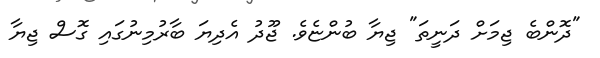
"ދޮންބެ ޖިމަށް ދަނީތަ" ޖިޔާ ބުންޏެވެ. ޖޫދު އެދިޔަ ބާރުމިނުގައި ގޮސް ޖިޔާ